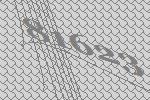
81623